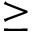
\ge